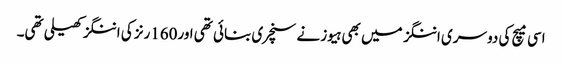
اسی میچ کی دوسری اننگز میں بھی ہیوز نے سنچری بنائی تھی اور160رنز کی اننگز کھیلی تھی۔